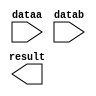
// megafunction wizard: %LPM_MULT%VBB%
// GENERATION: STANDARD
// VERSION: WM1.0
// MODULE: lpm_mult 

// ============================================================
// Megafunction Name(s):
// 			lpm_mult
//
// Simulation Library Files(s):
// 			lpm
// ============================================================
// ************************************************************
// THIS IS A WIZARD-GENERATED FILE. DO NOT EDIT THIS FILE!
//
// 9.0 Build 132 02/25/2009 SJ Web Edition
// ************************************************************

//Copyright (C) 1991-2009 Altera Corporation
//Your use of Altera Corporation's design tools, logic functions 
//and other software and tools, and its AMPP partner logic 
//functions, and any output files from any of the foregoing 
//(including device programming or simulation files), and any 
//associated documentation or information are expressly subject 
//to the terms and conditions of the Altera Program License 
//Subscription Agreement, Altera MegaCore Function License 
//Agreement, or other applicable license agreement, including, 
//without limitation, that your use is for the sole purpose of 
//programming logic devices manufactured by Altera and sold by 
//Altera or its authorized distributors.  Please refer to the 
//applicable agreement for further details.

module mul_2x32bit (
	dataa,
	datab,
	result);

	input	[31:0]  dataa;
	input	[31:0]  datab;
	output	[63:0]  result;

endmodule

// ============================================================
// CNX file retrieval info
// ============================================================
// Retrieval info: PRIVATE: AutoSizeResult NUMERIC "1"
// Retrieval info: PRIVATE: B_isConstant NUMERIC "0"
// Retrieval info: PRIVATE: ConstantB NUMERIC "0"
// Retrieval info: PRIVATE: INTENDED_DEVICE_FAMILY STRING "Stratix II"
// Retrieval info: PRIVATE: LPM_PIPELINE NUMERIC "0"
// Retrieval info: PRIVATE: Latency NUMERIC "0"
// Retrieval info: PRIVATE: SYNTH_WRAPPER_GEN_POSTFIX STRING "0"
// Retrieval info: PRIVATE: SignedMult NUMERIC "1"
// Retrieval info: PRIVATE: USE_MULT NUMERIC "1"
// Retrieval info: PRIVATE: ValidConstant NUMERIC "0"
// Retrieval info: PRIVATE: WidthA NUMERIC "32"
// Retrieval info: PRIVATE: WidthB NUMERIC "32"
// Retrieval info: PRIVATE: WidthP NUMERIC "64"
// Retrieval info: PRIVATE: aclr NUMERIC "0"
// Retrieval info: PRIVATE: clken NUMERIC "0"
// Retrieval info: PRIVATE: optimize NUMERIC "0"
// Retrieval info: CONSTANT: LPM_HINT STRING "MAXIMIZE_SPEED=5"
// Retrieval info: CONSTANT: LPM_REPRESENTATION STRING "SIGNED"
// Retrieval info: CONSTANT: LPM_TYPE STRING "LPM_MULT"
// Retrieval info: CONSTANT: LPM_WIDTHA NUMERIC "32"
// Retrieval info: CONSTANT: LPM_WIDTHB NUMERIC "32"
// Retrieval info: CONSTANT: LPM_WIDTHP NUMERIC "64"
// Retrieval info: USED_PORT: dataa 0 0 32 0 INPUT NODEFVAL dataa[31..0]
// Retrieval info: USED_PORT: datab 0 0 32 0 INPUT NODEFVAL datab[31..0]
// Retrieval info: USED_PORT: result 0 0 64 0 OUTPUT NODEFVAL result[63..0]
// Retrieval info: CONNECT: @dataa 0 0 32 0 dataa 0 0 32 0
// Retrieval info: CONNECT: result 0 0 64 0 @result 0 0 64 0
// Retrieval info: CONNECT: @datab 0 0 32 0 datab 0 0 32 0
// Retrieval info: LIBRARY: lpm lpm.lpm_components.all
// Retrieval info: GEN_FILE: TYPE_NORMAL mul_2x32bit.v TRUE
// Retrieval info: GEN_FILE: TYPE_NORMAL mul_2x32bit.inc FALSE
// Retrieval info: GEN_FILE: TYPE_NORMAL mul_2x32bit.cmp TRUE
// Retrieval info: GEN_FILE: TYPE_NORMAL mul_2x32bit.bsf TRUE FALSE
// Retrieval info: GEN_FILE: TYPE_NORMAL mul_2x32bit_inst.v FALSE
// Retrieval info: GEN_FILE: TYPE_NORMAL mul_2x32bit_bb.v TRUE
// Retrieval info: GEN_FILE: TYPE_NORMAL mul_2x32bit_waveforms.html TRUE
// Retrieval info: GEN_FILE: TYPE_NORMAL mul_2x32bit_wave*.jpg FALSE
// Retrieval info: LIB_FILE: lpm